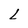
Character: L